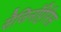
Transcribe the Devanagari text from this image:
सैजिनॉप्टेरिस